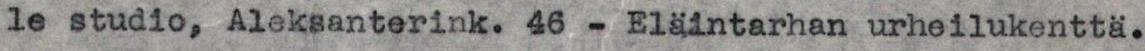
le studio, Aleksanterink. 46 - Eläintarhan urheilukenttä.